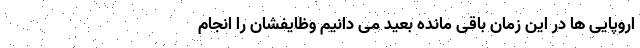
اروپایی ها در این زمان باقی مانده بعید می دانیم وظایفشان را انجام